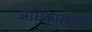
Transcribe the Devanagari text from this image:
अधिकारवाली